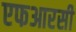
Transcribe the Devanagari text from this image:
एफआरसी